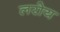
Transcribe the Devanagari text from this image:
लरोय